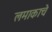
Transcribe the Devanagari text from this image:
लमाकाचे